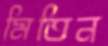
মিতিন